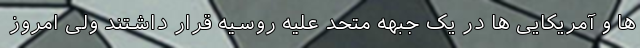
ها و آمریکایی ها در یک جبهه متحد علیه روسیه قرار داشتند ولی امروز